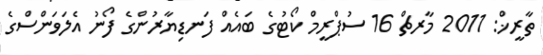
ތާރީޚް: 2011 މާރޗް 16 ސުޕްރީމް ކޯޓުގެ ބައެއް ފަނޑިޔާރުންގެ ފޯނު އެލަވަންސްގެ